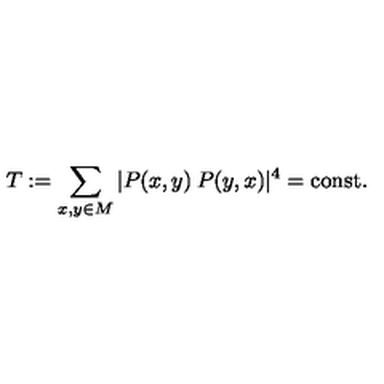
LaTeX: T : = \sum _ { x , y \in M } | P ( x , y ) \: P ( y , x ) | ^ { 4 } = { \mathrm { c o n s t } } .